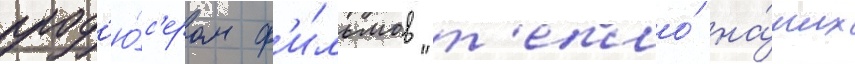
прод'ю́с'ером ф'и́льмов "т'епло́ на́ших